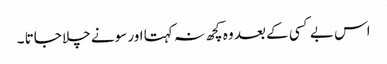
اس بے کسی کے بعد وہ کچھ نہ کہتا اور سونے چلا جاتا ۔